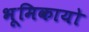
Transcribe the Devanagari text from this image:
भूमिकायो